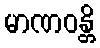
မာဏဝန္တိ